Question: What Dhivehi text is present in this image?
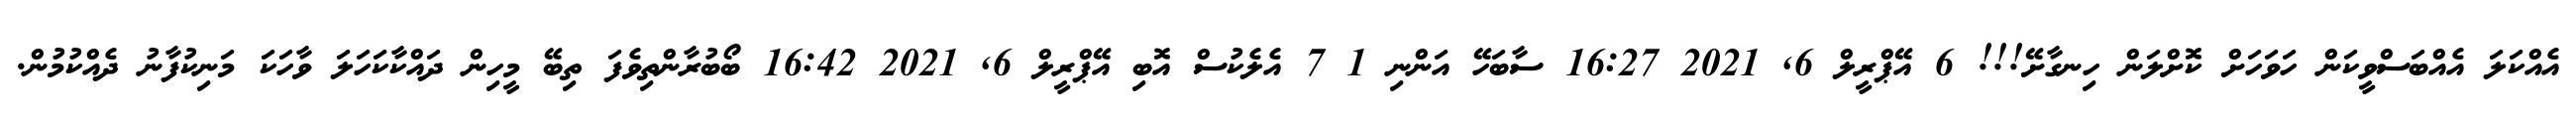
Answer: އެއްކަލަ އެއްބަސްވީކަން ހަވަހަށް ކޮށްލަން ހިނގާށޭ!!! 6 އޭޕްރީލް 6, 2021 16:27 ސާބަހޭ އަންނި 1 7 އެލެކުސް އޮބި އޭޕްރީލް 6, 2021 16:42 ބޯބުރާންތިވެފަ ތިބޭ މީހިން ދައްކާކަހަލަ ވާހަކަ މަނިކުފާނު ދެއްކުމުން.